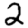
Digit: 2